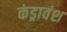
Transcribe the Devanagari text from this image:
कंड्रावंश